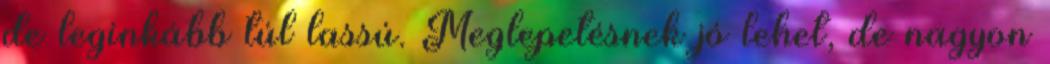
de leginkább túl lassú. Meglepetésnek jó lehet, de nagyon